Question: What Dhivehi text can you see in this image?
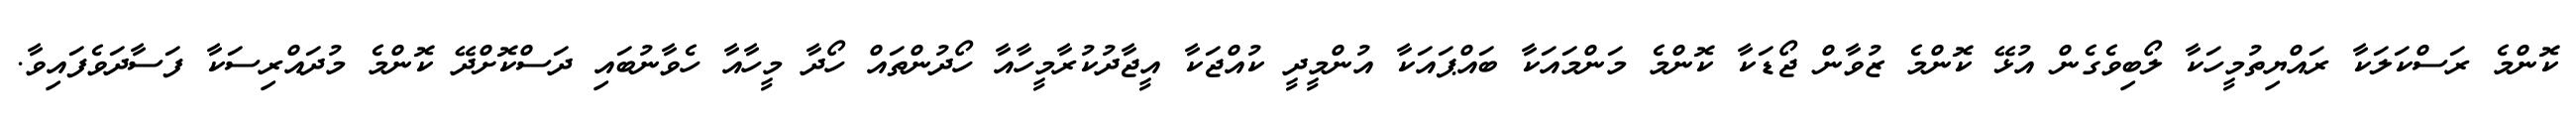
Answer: ކޮންމެ ރަސްކަލަކާ ރައްޔިތުމީހަކާ ލޯބިވެގެން އުޅޭ ކޮންމެ ޒުވާން ޖޯޑަކާ ކޮންމެ މަންމައަކާ ބައްޕައަކާ އުންމީދީ ކުއްޖަކާ އީޖާދުކުރާމީހާއާ ހޯދުންތައް ހޯދާ މީހާއާ ހެވާނުބައި ދަސްކޮށްދޭ ކޮންމެ މުދައްރިސަކާ ފަސާދަވެފައިވާ.